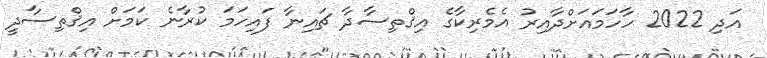
އަދި 2022 ހާހަމައަށްދާއިރު އެމެރިކާގެ އިޤްތިސާދާ ޗައިނާ ފައިހަމަ ކުރާނެ ކަމަށް އިޤްތިސާދީ